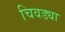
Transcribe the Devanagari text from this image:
चिवड्या